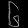
Digit: ၆